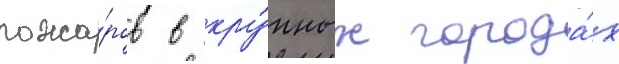
пожа́ров в кру́пных города́х